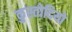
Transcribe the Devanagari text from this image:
कुस्तोदियो